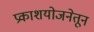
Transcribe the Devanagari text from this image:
प्रकाशयोजनेतून